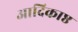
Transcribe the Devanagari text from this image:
आदिकाष्ठ